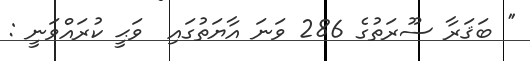
'' ބަޤަރާ ސޫރަތުގެ 286 ވަނަ އާޔަތުގައި  ވަޙީ ކުރައްވަނީ :